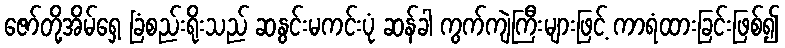
ဇော်တို့အိမ်ရှေ့ ခြံစည်းရိုးသည် ဆနွင်းမကင်းပုံ ဆန်ခါ ကွက်ကျဲကြီးများဖြင့် ကာရံထားခြင်းဖြစ်၍